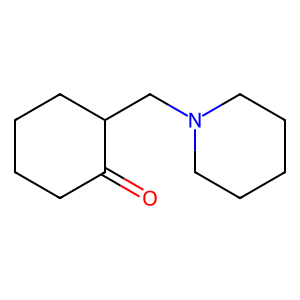
SMILES: O=C1CCCCC1CN1CCCCC1
Inhibits HIV replication: No